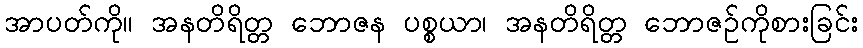
အာပတ်ကို။ အနတိရိတ္တ ဘောဇန ပစ္စယာ၊ အနတိရိတ္တ ဘောဇဉ်ကိုစားခြင်း